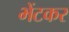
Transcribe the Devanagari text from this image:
भेंटकर